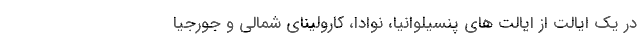
در یک ایالت از ایالت های پنسیلوانیا، نوادا، کارولینای شمالی و جورجیا